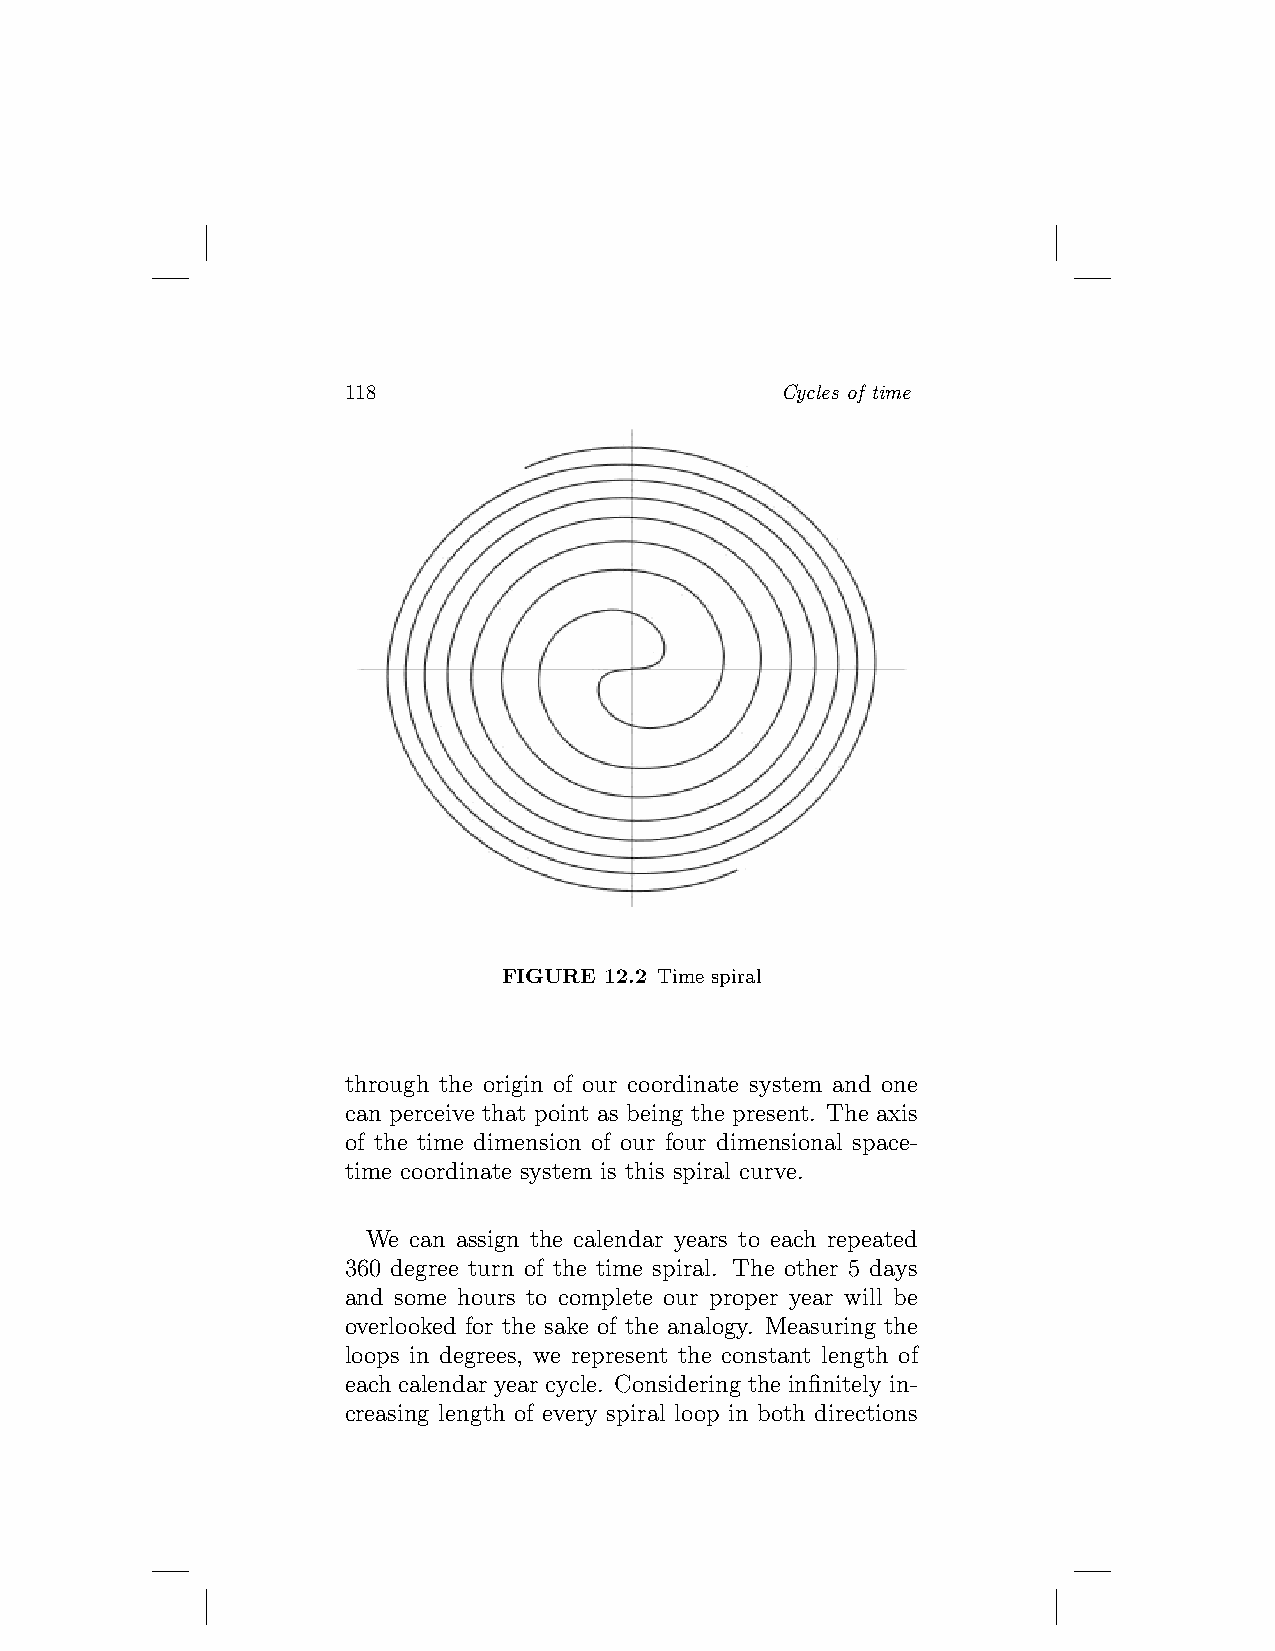
118                          Cycles of time
 FIGURE 12.2 Time spiral
 through the origin of our coordinate system and one
 can perceive that point as being the present. The axis
 of the time dimension of our four dimensional space-
 time coordinate system is this spiral curve.
 We can assign the calendar years to each repeated
 360 degree turn of the time spiral. The other 5 days
 and some hours to complete our proper year will be
 overlooked for the sake of the analogy. Measuring the
 loops in degrees, we represent the constant length of
 each calendar year cycle. Considering the infinitely in-
 creasing length of every spiral loop in both directions